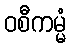
ဝစီကမ္မံ